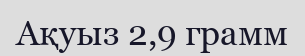
Ақуыз 2,9 грамм